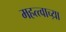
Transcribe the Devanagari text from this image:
महत्त्वाच्य़ा